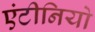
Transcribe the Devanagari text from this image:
एंटीनियो